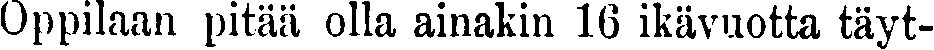
Oppilaan pitää olla ainakin 16 ikävuotta täyt-